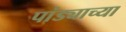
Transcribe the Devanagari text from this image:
पांड्याच्या